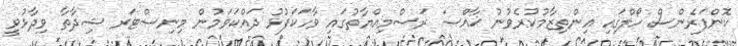
ކޮންފަރެންސް ހޯލްގައި އިންތިޒާމުކުރެވުނު ޚާއްޞަ ރަސްމިއްޔާތުގައި ވާހަކަފުޅު ދައްކަވަމުން މިނިސްޓަރ ޝިދާތާ ވިދާޅުވީ